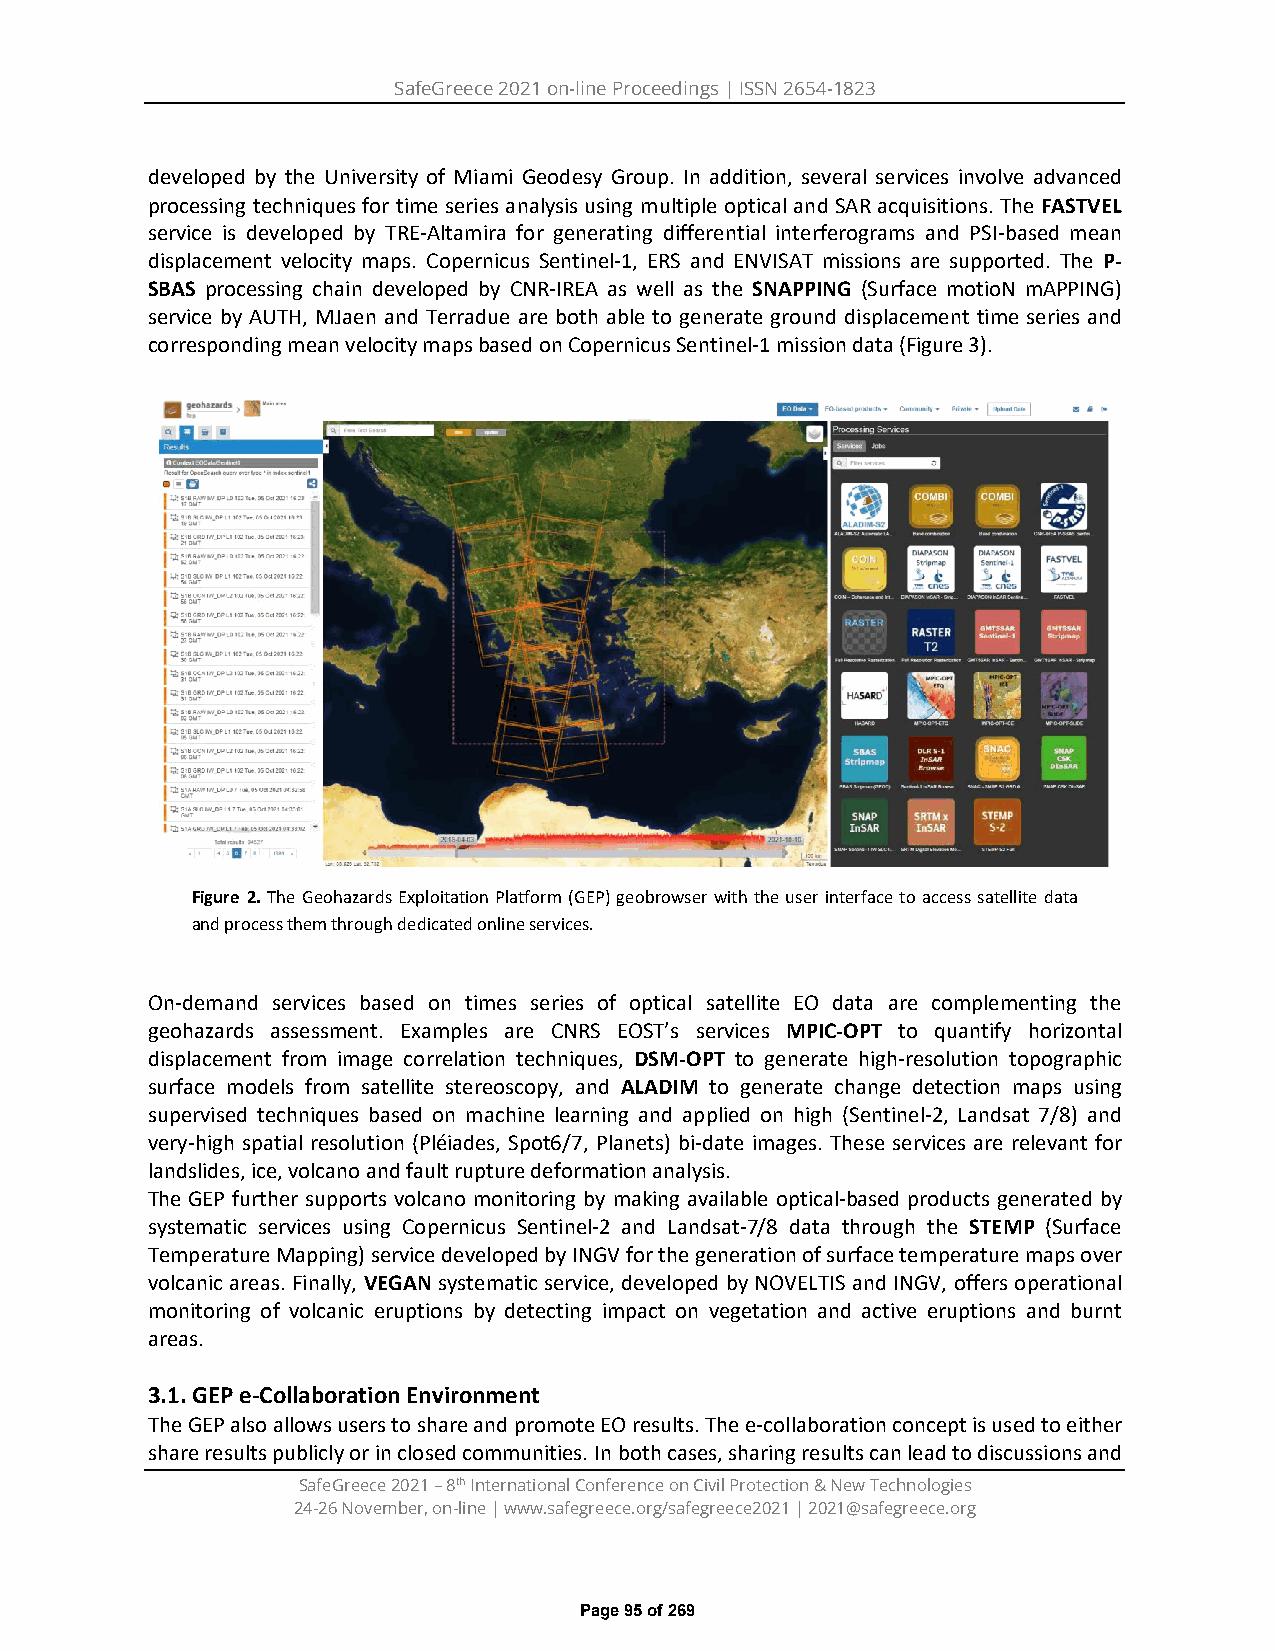
SafeGreece 2021 on-line Proceedings | ISSN 2654-1823
 developed by the University of Miami Geodesy Group. In addition, several services involve advanced
 processing techniques for time series analysis using multiple optical and SAR acquisitions. The FASTVEL
 service is developed by TRE-Altamira for generating differential interferograms and PSI-based mean
 displacement velocity maps. Copernicus Sentinel-1, ERS and ENVISAT missions are supported. The P-
 SBAS processing chain developed by CNR-IREA as well as the SNAPPING (Surface motioN mAPPING)
 service by AUTH, MJaen and Terradue are both able to generate ground displacement time series and
 corresponding mean velocity maps based on Copernicus Sentinel-1 mission data (Figure 3).
 Figure 2. The Geohazards Exploitation Platform (GEP) geobrowser with the user interface to access satellite data
 and process them through dedicated online services.
 On-demand services based on times series of optical satellite EO data are complementing the
 geohazards assessment. Examples are CNRS EOST’s services MPIC-OPT to quantify horizontal
 displacement from image correlation techniques, DSM-OPT to generate high-resolution topographic
 surface models from satellite stereoscopy, and ALADIM to generate change detection maps using
 supervised techniques based on machine learning and applied on high (Sentinel-2, Landsat 7/8) and
 very-high spatial resolution (Pléiades, Spot6/7, Planets) bi-date images. These services are relevant for
 landslides, ice, volcano and fault rupture deformation analysis.
 The GEP further supports volcano monitoring by making available optical-based products generated by
 systematic services using Copernicus Sentinel-2 and Landsat-7/8 data through the STEMP (Surface
 Temperature Mapping) service developed by INGV for the generation of surface temperature maps over
 volcanic areas. Finally, VEGAN systematic service, developed by NOVELTIS and INGV, offers operational
 monitoring of volcanic eruptions by detecting impact on vegetation and active eruptions and burnt
 areas.
 3.1. GEP e-Collaboration Environment
 The GEP also allows users to share and promote EO results. The e-collaboration concept is used to either
 share results publicly or in closed communities. In both cases, sharing results can lead to discussions and
 SafeGreece 2021 – 8th International Conference on Civil Protection & New Technologies
 24-26 November, on-line | www.safegreece.org/safegreece2021 | 2021@safegreece.org
 Page 95 of 269